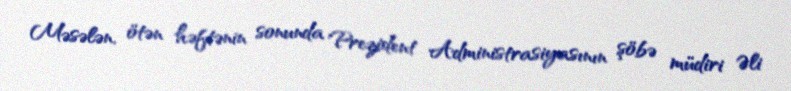
Məsələn, ötən həftənin sonunda Prezident Administrasiyasının şöbə müdiri Əli